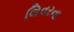
લિવરના